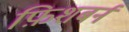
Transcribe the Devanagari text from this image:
फ़िशबर्न